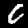
Digit: 0